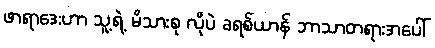
ဖာရာဒေးဟာ သူ့ရဲ့ မိသားစု လိုပဲ ခရစ်ယာန် ဘာသာတရားအပေါ်